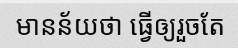
មានន័យថា ធ្វើឲ្យរួចតែ